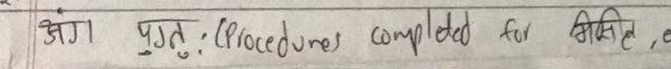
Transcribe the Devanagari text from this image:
अंग पुगनुः (Procedures completed for मिलेर, e